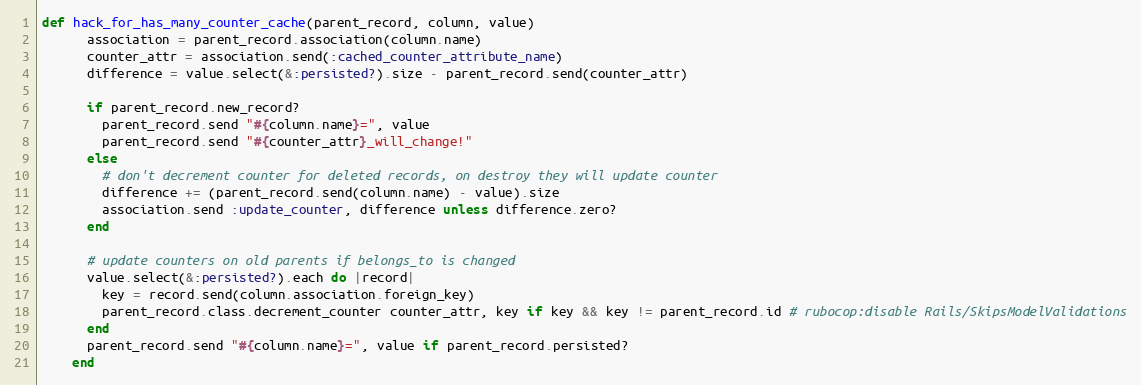
Language: Ruby
def hack_for_has_many_counter_cache(parent_record, column, value)
      association = parent_record.association(column.name)
      counter_attr = association.send(:cached_counter_attribute_name)
      difference = value.select(&:persisted?).size - parent_record.send(counter_attr)

      if parent_record.new_record?
        parent_record.send "#{column.name}=", value
        parent_record.send "#{counter_attr}_will_change!"
      else
        # don't decrement counter for deleted records, on destroy they will update counter
        difference += (parent_record.send(column.name) - value).size
        association.send :update_counter, difference unless difference.zero?
      end

      # update counters on old parents if belongs_to is changed
      value.select(&:persisted?).each do |record|
        key = record.send(column.association.foreign_key)
        parent_record.class.decrement_counter counter_attr, key if key && key != parent_record.id # rubocop:disable Rails/SkipsModelValidations
      end
      parent_record.send "#{column.name}=", value if parent_record.persisted?
    end